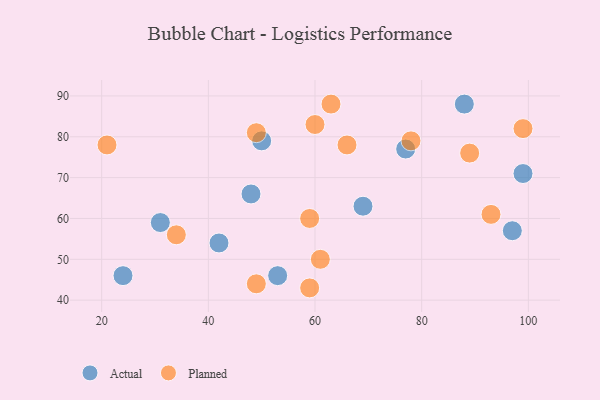
{"axis": {"x": "GDP", "y": "Life Expectancy"}, "legend": ["Actual", "Planned"], "data": [{"x": "24", "y": 46, "type": "Actual"}, {"x": "88", "y": 88, "type": "Actual"}, {"x": "77", "y": 77, "type": "Actual"}, {"x": "53", "y": 46, "type": "Actual"}, {"x": "31", "y": 59, "type": "Actual"}, {"x": "42", "y": 54, "type": "Actual"}, {"x": "50", "y": 79, "type": "Actual"}, {"x": "99", "y": 71, "type": "Actual"}, {"x": "97", "y": 57, "type": "Actual"}, {"x": "48", "y": 66, "type": "Actual"}, {"x": "69", "y": 63, "type": "Actual"}, {"x": "99", "y": 82, "type": "Planned"}, {"x": "66", "y": 78, "type": "Planned"}, {"x": "93", "y": 61, "type": "Planned"}, {"x": "49", "y": 81, "type": "Planned"}, {"x": "34", "y": 56, "type": "Planned"}, {"x": "21", "y": 78, "type": "Planned"}, {"x": "59", "y": 43, "type": "Planned"}, {"x": "78", "y": 79, "type": "Planned"}, {"x": "59", "y": 60, "type": "Planned"}, {"x": "61", "y": 50, "type": "Planned"}, {"x": "89", "y": 76, "type": "Planned"}, {"x": "60", "y": 83, "type": "Planned"}, {"x": "63", "y": 88, "type": "Planned"}, {"x": "49", "y": 44, "type": "Planned"}]}